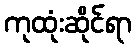
ကုထုံးဆိုင်ရာ